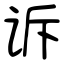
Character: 诉